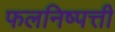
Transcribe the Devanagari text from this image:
फलनिष्पत्ती